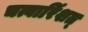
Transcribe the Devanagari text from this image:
चत्वारिंशत्